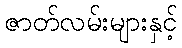
ဇာတ်လမ်းများနှင့်